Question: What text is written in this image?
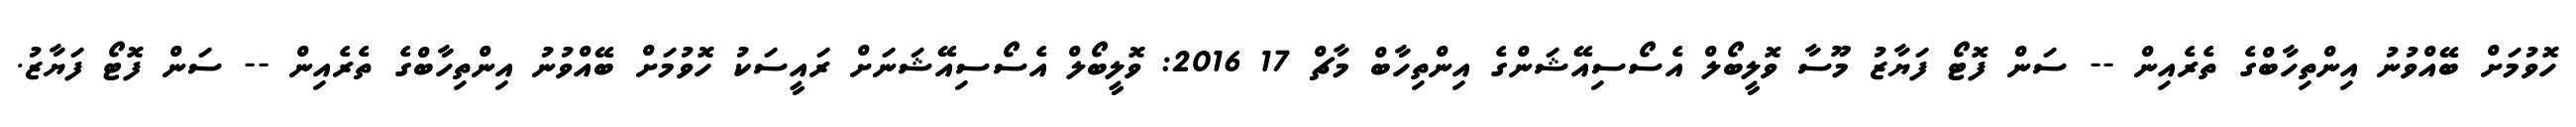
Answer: ހޮވުމަށް ބޭއްވުނު އިންތިހާބްގެ ތެރެއިން -- ސަން ފޮޓޯ ފަޔާޒު މޫސާ ވޮލީބޯލް އެސޯސިއޭޝަންގެ އިންތިހާބް މާޗް 17 2016: ވޮލީބޯލް އެސޯސިއޭޝަނަށް ރައީސަކު ހޮވުމަށް ބޭއްވުނު އިންތިހާބްގެ ތެރެއިން -- ސަން ފޮޓޯ ފަޔާޒު.